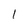
Character: l